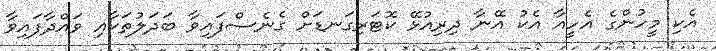
އެކި މީހުންގެ އެހީއާ އެކު އޭނާ ދިރިއުޅޭ ކޮޓަރިގަނޑަށް ގެނެސްފައިވާ ބަދަލުތަކާއި ވައްދާފައިވާ